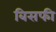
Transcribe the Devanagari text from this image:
बिसफी